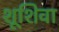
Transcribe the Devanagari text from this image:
शूशिवा